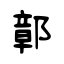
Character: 鄣